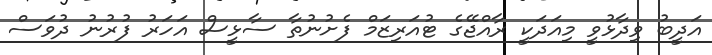
އަދީބު ވިދާޅުވީ މިއަދަކީ ރާއްޖޭގެ ޓުއަރިޒަމް ފެށުނުތާ ސާޅީސް އަހަރު ފުރުނު ދުވަސް